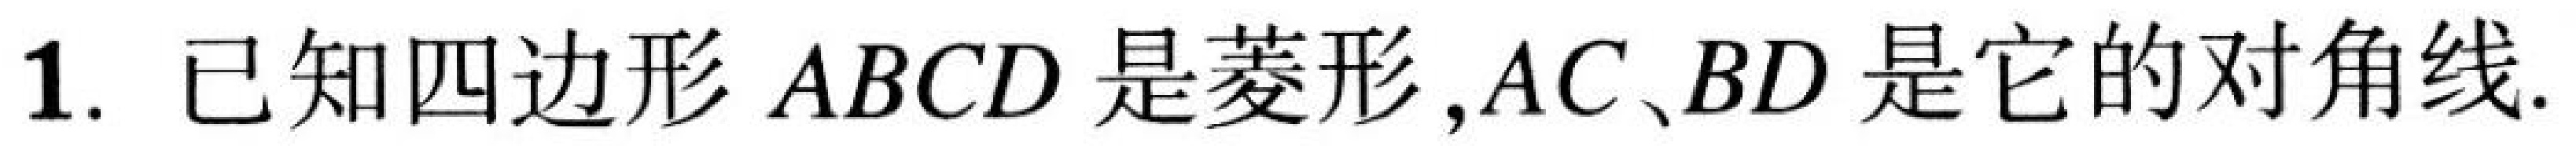
1. 已知四边形 \(ABCD\) 是菱形,\(AC、BD\) 是它的对角线.